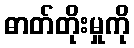
ဓာတ်တိုးမှုကို